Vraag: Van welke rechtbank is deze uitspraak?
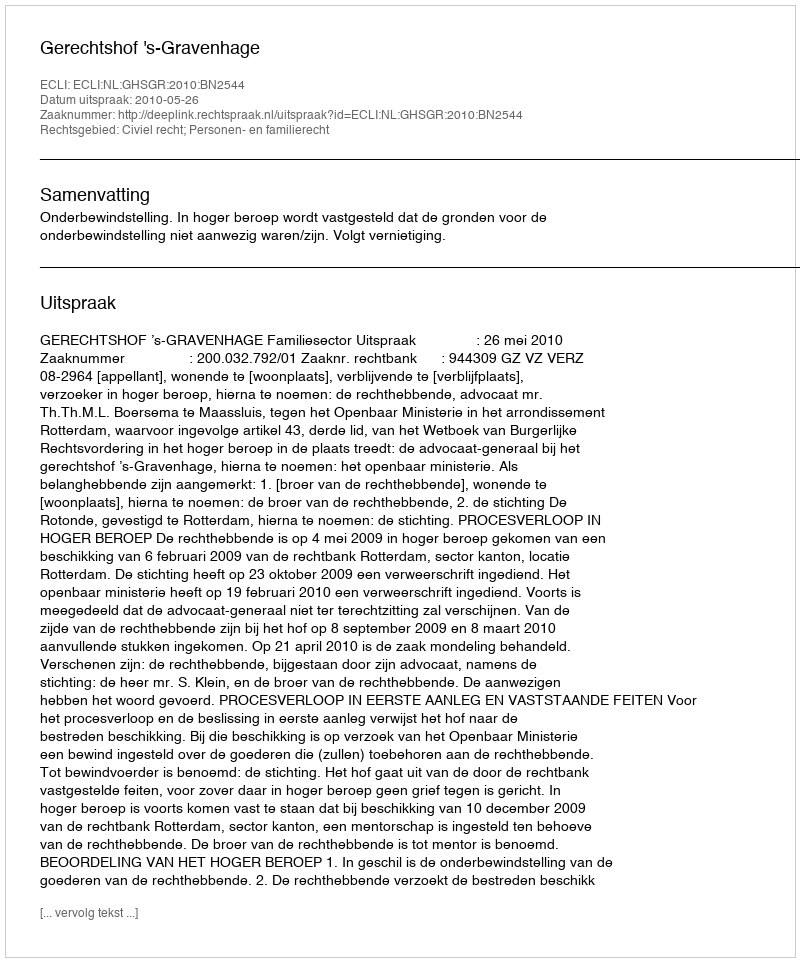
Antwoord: Gerechtshof 's-Gravenhage